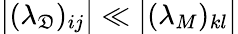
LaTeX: \bigl|(\lambda_{\mathfrak{D}})_{ij}\bigr|\ll\bigl|(\lambda_{M})_{kl}\bigr|